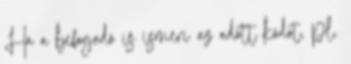
Ha a befogadó is ismeri az adott kódot, pl.